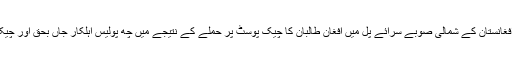
22 اپریل2018ء) افغانستان کے شمالی صوبے سرائے پل میں افغان طالبان کا چیک پوسٹ پر حملے کے نتیجے میں چھ پولیس اہلکار جاں بحق اور چیک پوسٹ تباہ ہوگئی ۔